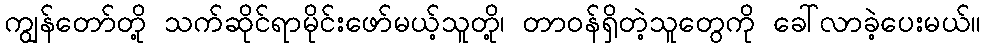
ကျွန်တော်တို့ သက်ဆိုင်ရာမိုင်းဖော်မယ့်သူတို့၊ တာဝန်ရှိတဲ့သူတွေကို ခေါ်လာခဲ့ပေးမယ်။